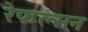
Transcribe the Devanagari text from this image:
रेफल्सन